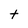
Character: t